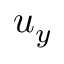
u _ { y }